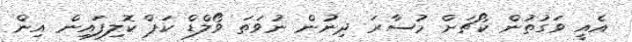
އެއީ ވަގުތުން ކޯޗަށް މުސާރަ ދިނުން ނުވަތަ ވޯލްޑް ކަޕް ކޮލިފައިން އިން